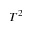
T ^ { 2 }